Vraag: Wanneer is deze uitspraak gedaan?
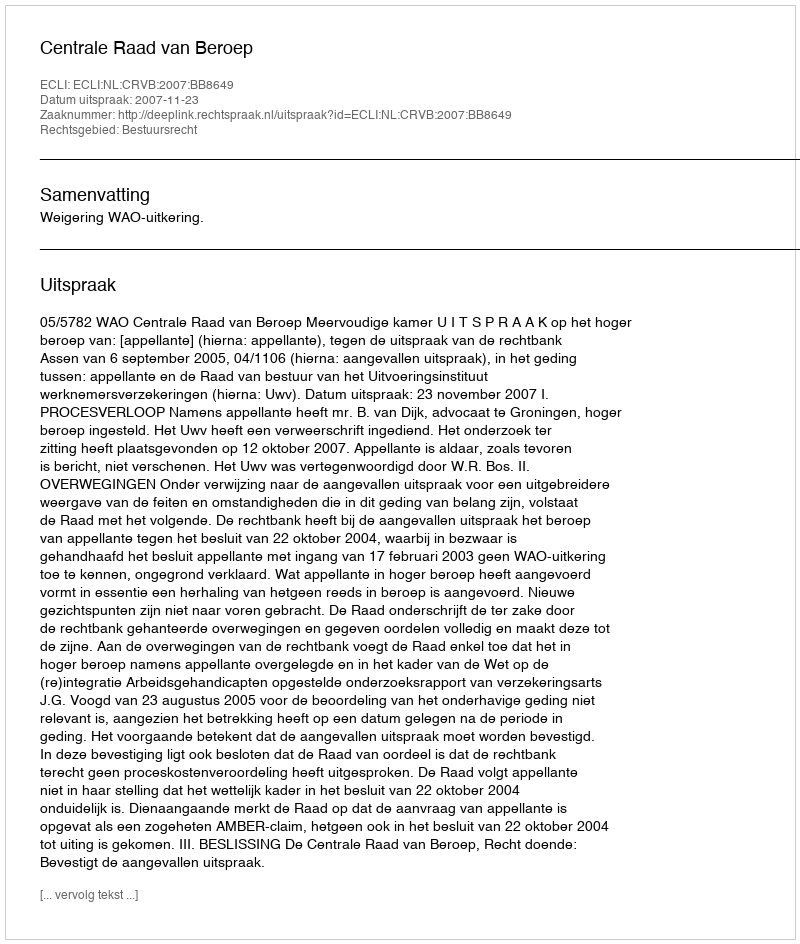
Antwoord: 2007-11-23